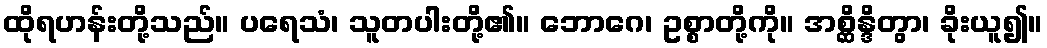
ထိုရဟန်းတို့သည်။ ပရေသံ၊ သူတပါးတို့၏။ ဘောဂေ၊ ဥစ္စာတို့ကို။ အစ္ဆိန္ဒိတွာ၊ ခိုးယူ၍။